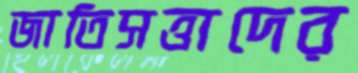
জাতিসত্তাদের